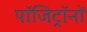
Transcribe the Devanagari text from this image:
पॉजिट्रॉनों